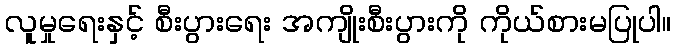
လူမှုရေးနှင့် စီးပွားရေး အကျိုးစီးပွားကို ကိုယ်စားမပြုပါ။